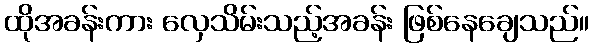
ထိုအခန်းကား လှေသိမ်းသည့်အခန်း ဖြစ်နေချေသည်။